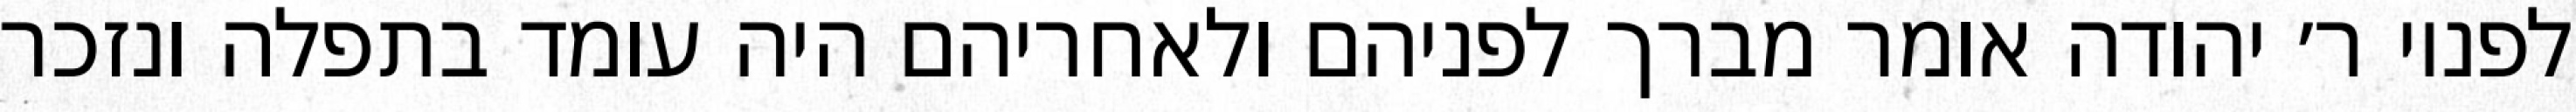
לפניו ר׳ יהודה אומר מברך לפניהם ולאחריהם היה עומד בתפלה ונזכר